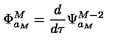
\Phi _ { a _ { M } } ^ { M } = \frac { d } { d \tau } \Psi _ { a _ { M } } ^ { M - 2 }